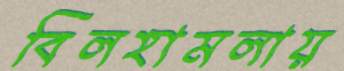
বিলহামলায়